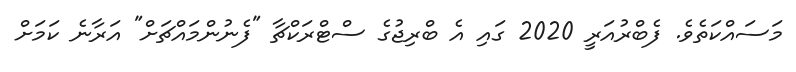
މަސައްކަތެވެ. ފެބްރުއަރީ 2020 ގައި އެ ބްރިޖުގެ ސްޓްރަކްޗާ "ފެނުންމައްޗަށް" އަރާނެ ކަމަށް